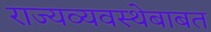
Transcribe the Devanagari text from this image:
राज्यव्यवस्थेबाबत